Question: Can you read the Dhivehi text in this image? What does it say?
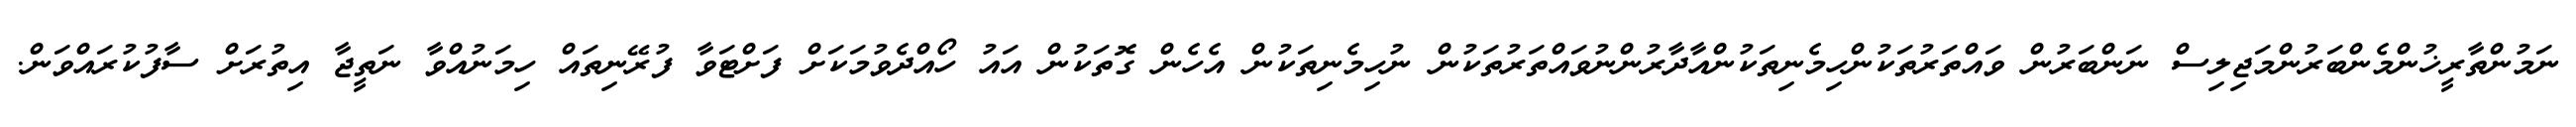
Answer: ނަމުންތާރީޚުންމެންބަރުންމަޖިލިސް ނަންބަރުން ވައްތަރުތަކުންހިމެނިތަކުންއާދާރުންނުވައްތަރުތަކުން ނުހިމެނިތަކުން އެހެން ގޮތަކުން އައު ހޯއްދެވުމަކަށް ފަށްޓަވާ ފުރޭނިތައް ހިމަނުއްވާ ނަތީޖާ އިތުރަށް ސާފުކުރައްވަން.